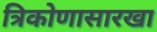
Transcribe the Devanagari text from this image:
त्रिकोणासारखा